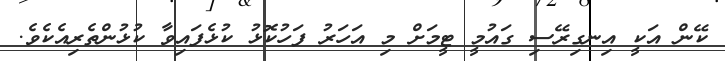
ކޭން އަކީ އިނގިރޭސި ގައުމީ ޓީމަށް މި އަހަރު ފަހުކޮޅު ކުޅެފައިވާ ކުޅުންތެރިއެކެވެ.